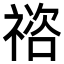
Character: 𥚭